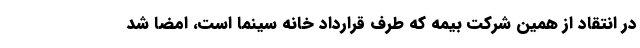
در انتقاد از همین شرکت بیمه که طرف قرارداد خانه سینما است، امضا شد